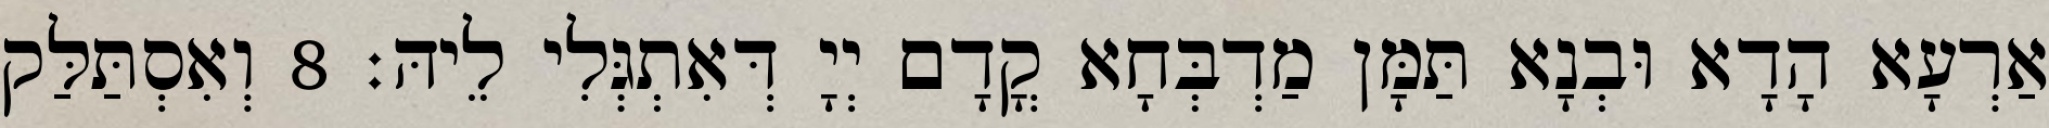
אַרְעָא הָדָא וּבְנָא תַּמָּן מַדְבְּחָא קֳדָם יְיָ דְּאִתְגְּלִי לֵיהּ׃ 8 וְאִסְתַּלַּק